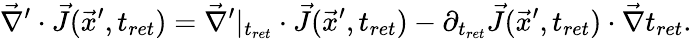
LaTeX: \vec{\nabla}^{\prime}\cdot\vec{J}(\vec{x}^{\prime},t_{ret})=\vec{\nabla}^{\prime}|_{t_{ret}}\cdot\vec{J}(\vec{x}^{\prime},t_{ret})-\partial_{t_{ret}}\vec{J}(\vec{x}^{\prime},t_{ret})\cdot\vec{\nabla}t_{ret}.